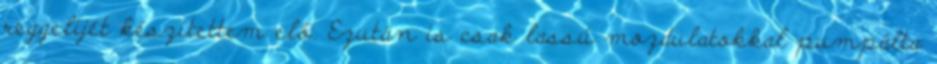
reggelijét készítettem elő. Ezután is csak lassú mozdulatokkal pumpálta